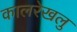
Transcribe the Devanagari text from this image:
कालरेखलु